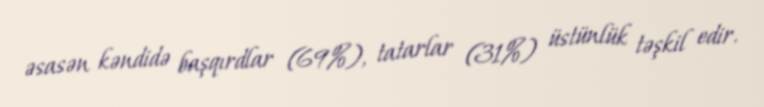
əsasən kəndidə başqırdlar (69%), tatarlar (31%) üstünlük təşkil edir.